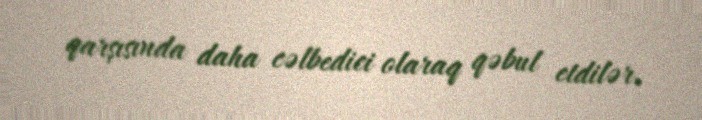
qarşısında daha cəlbedici olaraq qəbul etdilər.